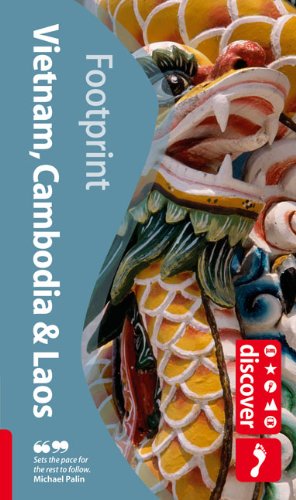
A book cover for Discover Vietnam Cambodia Laos (Footprint - Travel Guides); Jock O'Tailan; Travel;